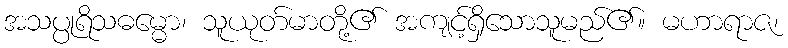
အသပ္ပုရိသဓမ္မော၊ သူယုတ်မာတို့၏ အကျင့်ရှိသောသူမည်၏။ မဟာရာဇ၊